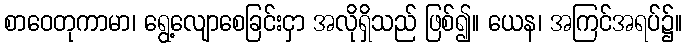
စာဝေတုကာမာ၊ ရွေ့လျောစေခြင်းငှာ အလိုရှိသည် ဖြစ်၍။ ယေန၊ အကြင်အရပ်၌။